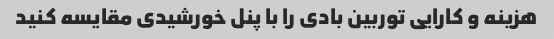
هزینه و کارایی توربین بادی را با پنل خورشیدی مقایسه کنید